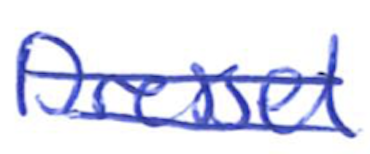
Text: Dressel
Cross-out: double-line
Writing tool: ballpoint